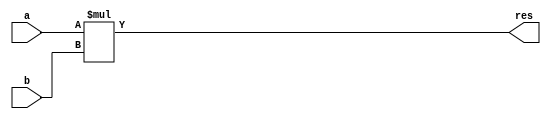
module Multiplier #(parameter n=32)(
  a, 
  b, 
  res
);
  input signed  [n-1:0]     a, b;
  output signed [2*n-1:0]    res;
  
  assign res=a*b;
  
endmodule